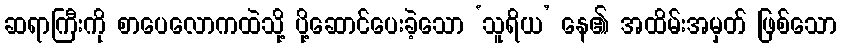
ဆရာကြီးကို စာပေလောကထဲသို့ ပို့ဆောင်ပေးခဲ့သော ‘သူရိယ’ နေ၏ အထိမ်းအမှတ် ဖြစ်သော